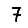
Digit: 7